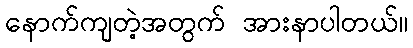
နောက်ကျတဲ့အတွက် အားနာပါတယ်။